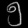
Digit: ၅